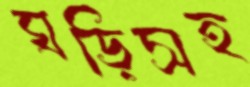
ঘড়িসহ